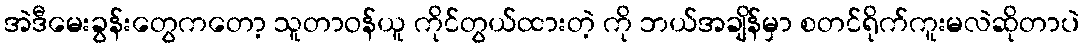
အဲဒီမေးခွန်းတွေကတော့ သူတာဝန်ယူ ကိုင်တွယ်ထားတဲ့ ကို ဘယ်အချိန်မှာ စတင်ရိုက်ကူးမလဲဆိုတာပဲ